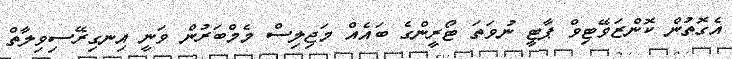
އެގޮތުން ކޮންޒަވޭޓިވް ޕާޓީ ނުވަތަ ޓޯރީންގެ ބައެއް މަޖިލިސް މެމްބަރުން ވަނީ އިނގިރޭސިވިލާތް